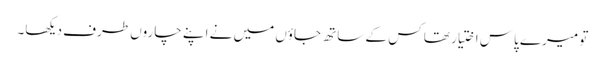
تو میرے پاس اختیار تھا کس کے ساتھ جاؤں میں نے اپنے چاروں طرف دیکھا۔